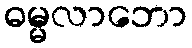
ဓမ္မလာဘော